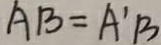
A B = A ^ { \prime } B